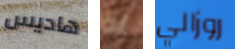
هاديس له روزالي